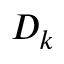
D _ { k }